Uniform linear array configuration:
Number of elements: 4
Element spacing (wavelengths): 0.25
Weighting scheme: hann
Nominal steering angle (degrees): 15
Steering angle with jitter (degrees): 13.798
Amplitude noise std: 0.05
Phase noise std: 0.05

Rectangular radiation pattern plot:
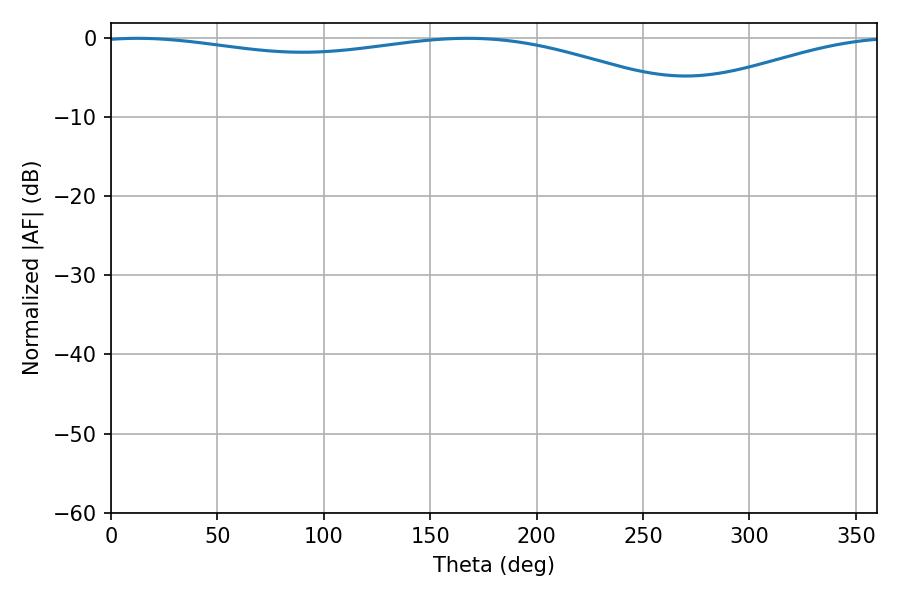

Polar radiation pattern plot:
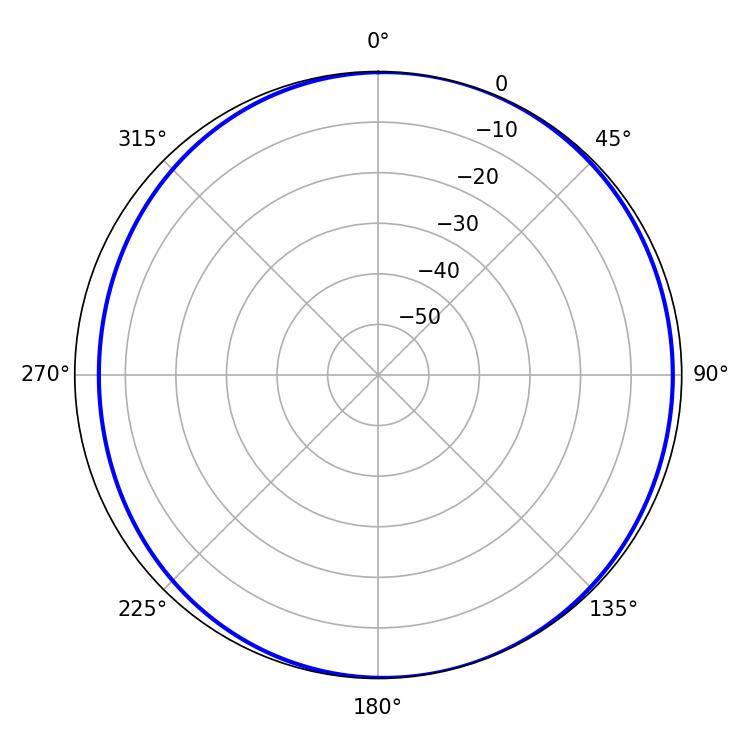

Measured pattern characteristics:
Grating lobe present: FALSE
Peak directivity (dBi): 5.28
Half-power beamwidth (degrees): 231.48
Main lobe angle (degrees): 12.42